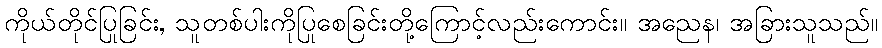
ကိုယ်တိုင်ပြုခြင်း, သူတစ်ပါးကိုပြုစေခြင်းတို့ကြောင့်လည်းကောင်း။ အညေန၊ အခြားသူသည်။